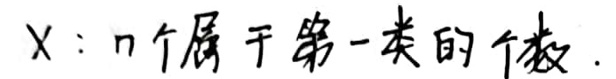
X: n个属于第一类的个数.